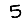
Digit: 5